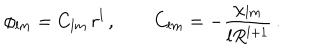
\phi _ { l m } = C _ { l m } \, r ^ { l } \, , \qquad C _ { l m } = - \frac { \chi _ { l m } } { l R ^ { l + 1 } } \, .